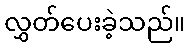
လွှတ်ပေးခဲ့သည်။